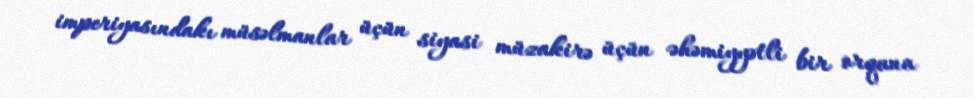
imperiyasındakı müsəlmanlar üçün siyasi müzakirə üçün əhəmiyyətli bir orqana